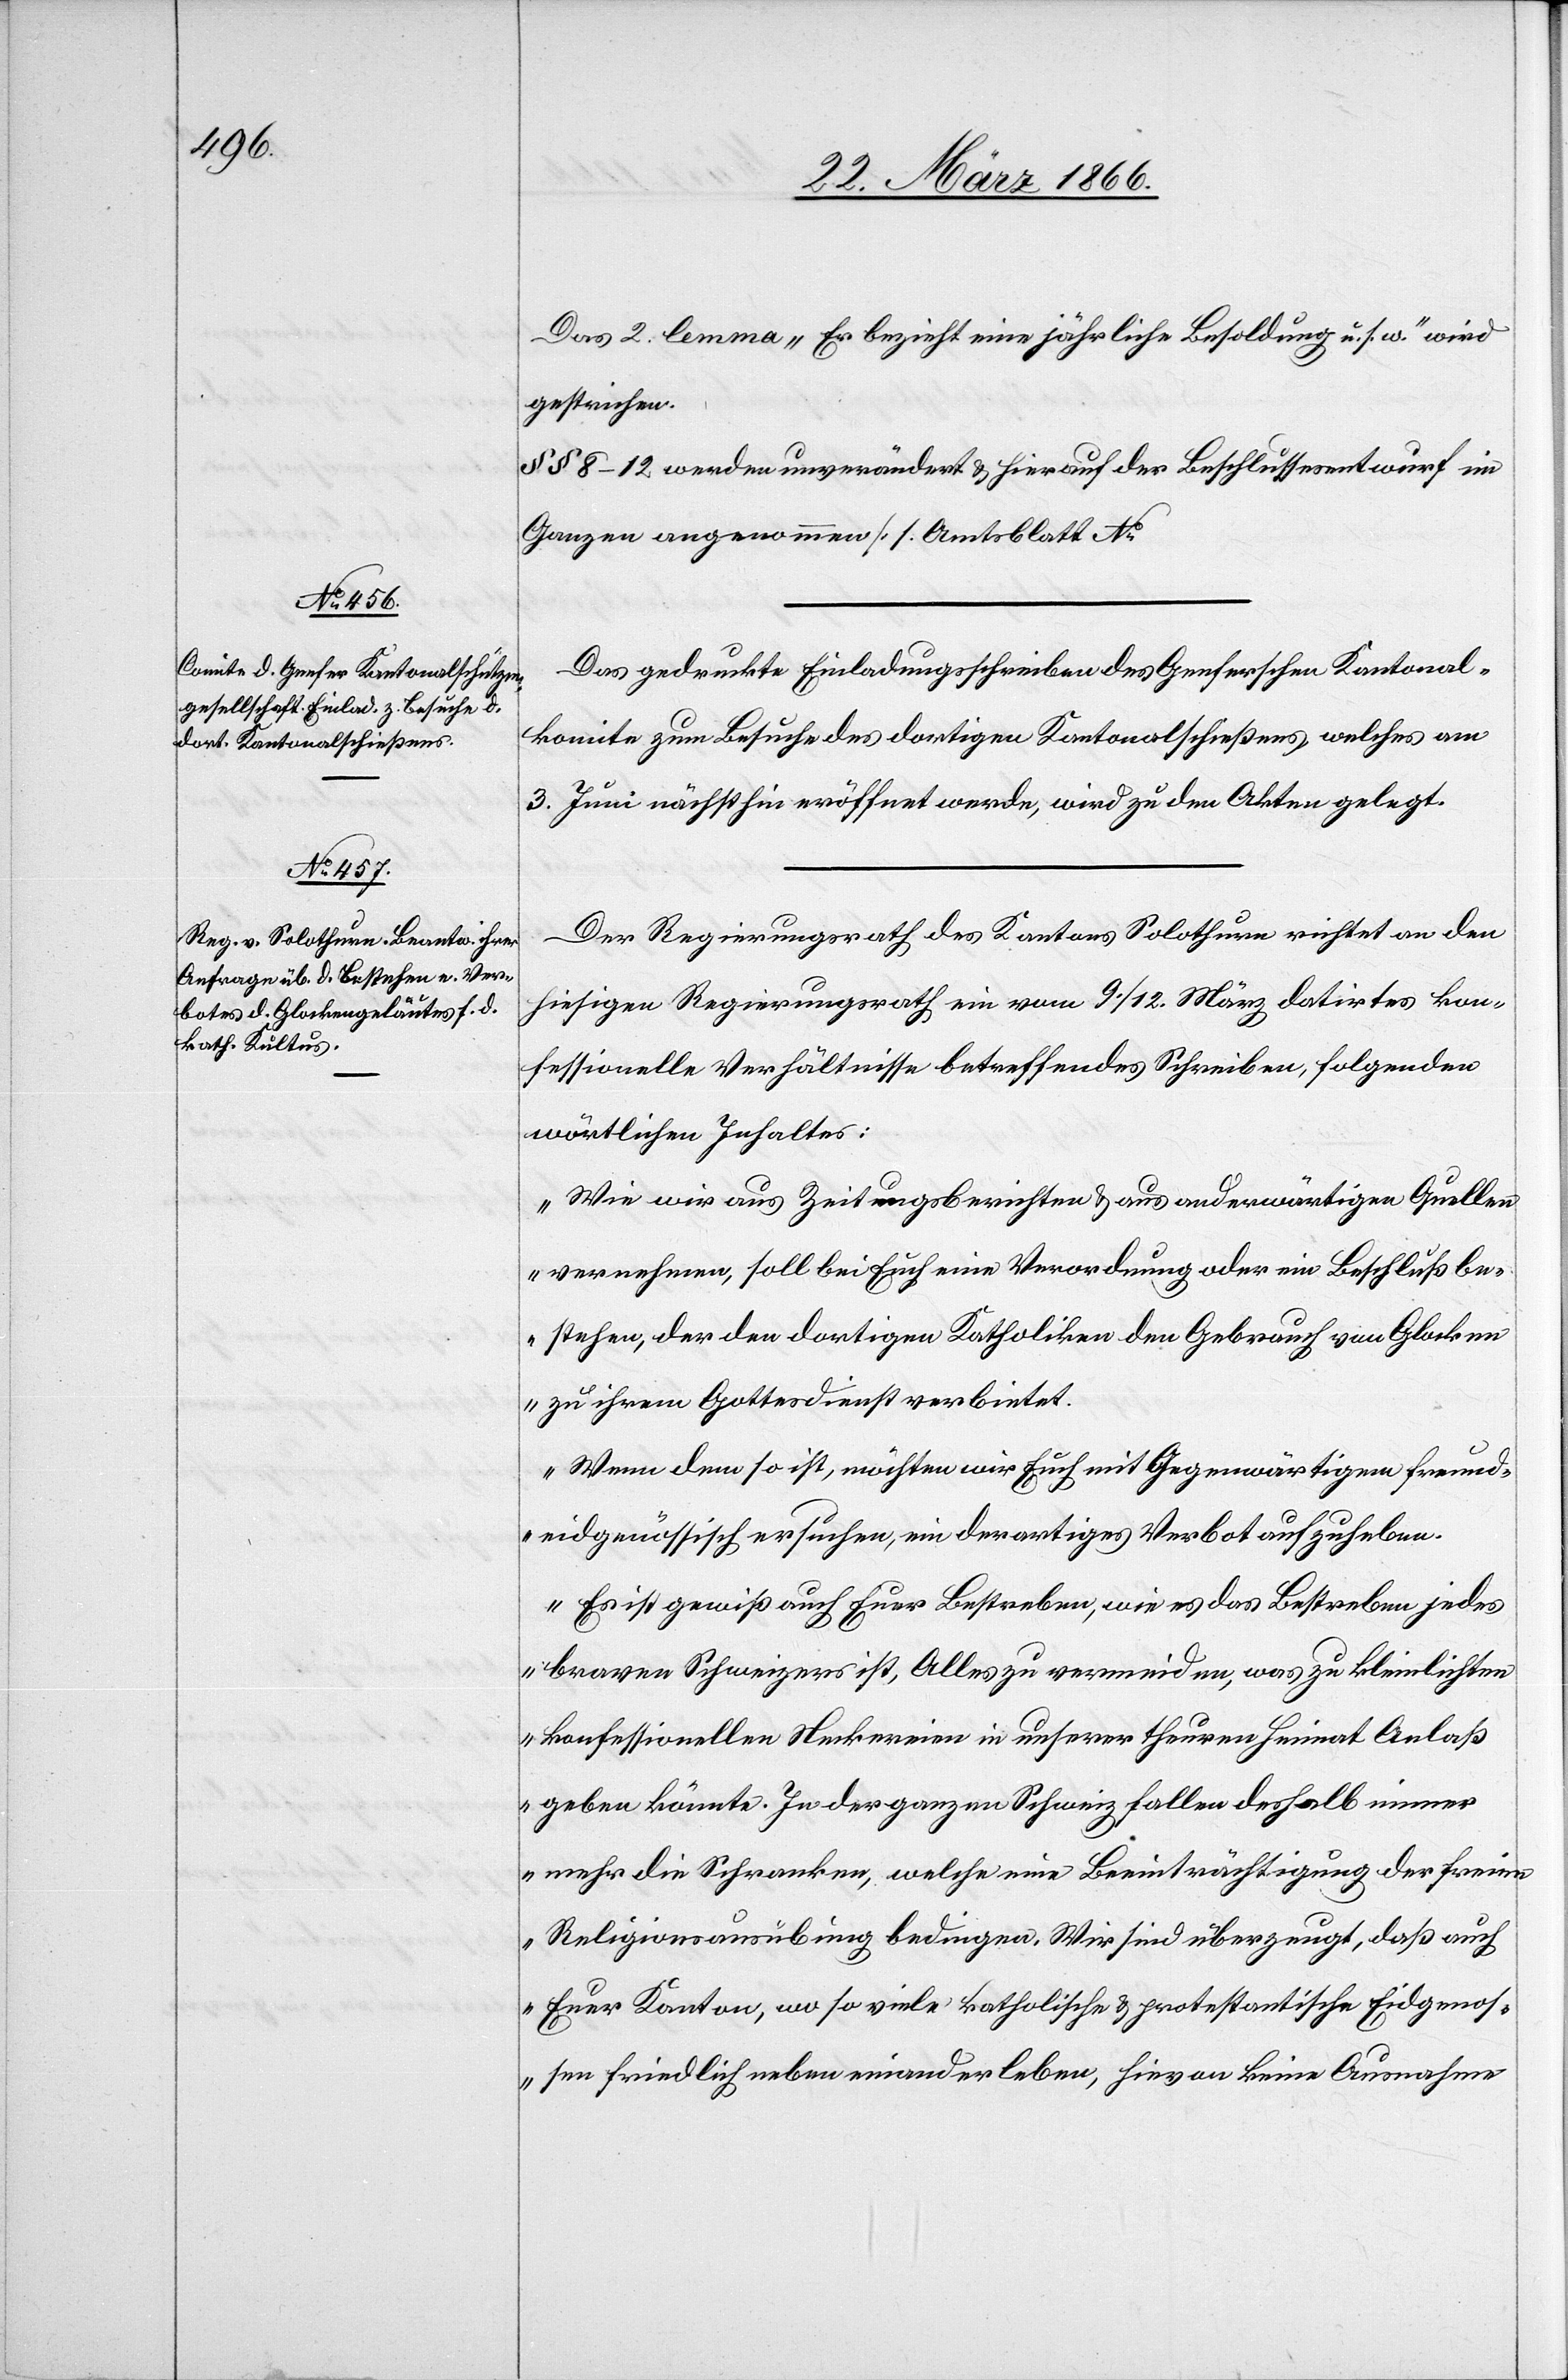
Das 2. lemma „Er bezieht eine jährliche Besoldung u. s. w.“ wird
gestrichen.
§ § 8–12 werden unverändert u. hierauf der Beschlussesentwurf im
Ganzen angenommen. [s. Amtsblatt No.
Das gedruckte Einladungsschreiben des Genferschen Kantonal¬
komite zum Behufe des dortigen Kantonalschießens welches am
3. Juni nächsthin eröffnet werde, wird zu den Akten gelegt.
Der Regierungsrath des Kantons Solothurn richtet an den
hiesigen Regierungsrath ein vom 9./12. März datirtes kon¬
fessionelle Verhältnisse betreffendes Schreiben, folgenden
wörtlichen Inhaltes:
„Wie wir aus Zeitungsberichten u. aus anderwärtigen Quellen
vernehmen, soll bei Euch eine Verordnung oder ein Beschluß be¬
stehen, der den dortigen Katholiken den Gebrauch von Glocken
zu ihrem Gottesdienst verbietet.
Wenn dem so ist, möchten wir Euch mit Gegenwärtigem freun¬
d-eidgenössisch ersuchen, ein derartiges Verbot aufzuheben.
Es ist gewiß auch Euer Bestreben, wie es das Bestreben jedes
braven Schweizers ist, Alles zu vermeiden, was zu kleinlichten
konfessionellen Neckereien in unserer theuren Heimat Anlaß
geben könnte. In der ganzen Schweiz fallen deshalb immer
mehr die Schranken, welche eine Beeinträchtigung der freien
Religionsausübung bedingen. Wir sind überzeugt, daß auch
Euer Kanton, wo so viele katholische u. protestantische Eidgeno¬
ssen friedlich neben einander leben, hievon keine Ausnahme